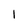
Character: 1